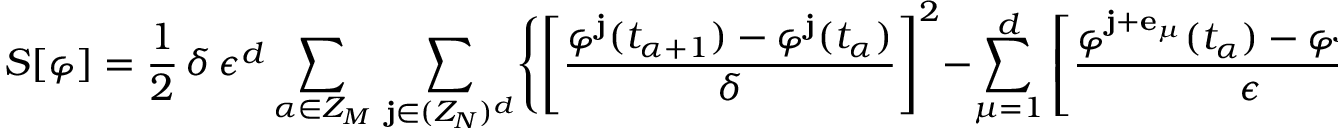
S [ \varphi ] = \frac { 1 } { 2 } \, \delta \, \epsilon ^ { d } \sum _ { \alpha \in Z _ { M } } \, \sum _ { { \bf j } \in ( Z _ { N } ) ^ { d } } \Biggl \{ \left[ \frac { \varphi ^ { { \bf j } } ( t _ { \alpha + 1 } ) - \varphi ^ { { \bf j } } ( t _ { \alpha } ) } { \delta } \right] ^ { 2 } - \sum _ { \mu = 1 } ^ { d } \left[ \frac { \varphi ^ { { \bf j } + { \bf e } _ { \mu } } ( t _ { \alpha } ) - \varphi ^ { { \bf j } } ( t _ { \alpha } ) } { \epsilon } \right] ^ { 2 } - m ^ { 2 } \left[ \varphi ^ { { \bf j } } ( t _ { \alpha } ) \right] ^ { 2 } \Biggr \} \; ,